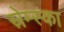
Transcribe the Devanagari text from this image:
स्रेम्स्का